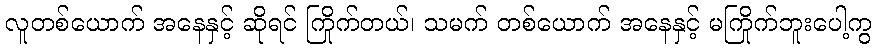
လူတစ်ယောက် အနေနှင့် ဆိုရင် ကြိုက်တယ်၊ သမက် တစ်ယောက် အနေနှင့် မကြိုက်ဘူးပေါ့ကွ